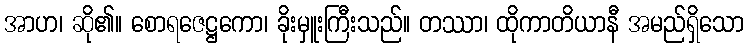
အာဟ၊ ဆို၏။ စောရဇေဋ္ဌကော၊ ခိုးမှူးကြီးသည်။ တဿာ၊ ထိုကာတိယာနီ အမည်ရှိသော